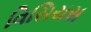
વિસિયસ